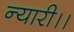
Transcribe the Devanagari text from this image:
न्यारी।।